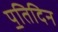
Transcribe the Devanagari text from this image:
प॒तिदिन